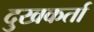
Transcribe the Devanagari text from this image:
दुखकर्ता